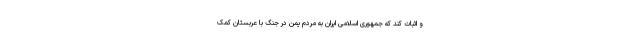
و اثبات کند که جمهوری اسلامی ایران به مردم یمن در جنگ با عربستان کمک